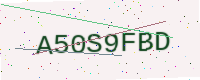
Text: A50S9FBD